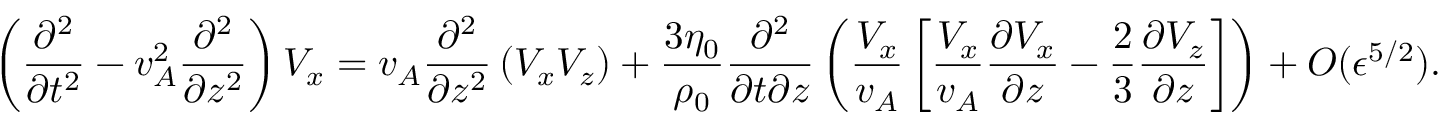
\left( \frac { \partial ^ { 2 } } { \partial t ^ { 2 } } - v _ { A } ^ { 2 } \frac { \partial ^ { 2 } } { \partial z ^ { 2 } } \right) V _ { x } = v _ { A } \frac { \partial ^ { 2 } } { \partial z ^ { 2 } } \left( V _ { x } V _ { z } \right) + \frac { 3 \eta _ { 0 } } { \rho _ { 0 } } \frac { \partial ^ { 2 } } { \partial t \partial z } \left( \frac { V _ { x } } { v _ { A } } \left[ \frac { V _ { x } } { v _ { A } } \frac { \partial V _ { x } } { \partial z } - \frac { 2 } { 3 } \frac { \partial V _ { z } } { \partial z } \right] \right) + O ( \epsilon ^ { 5 / 2 } ) .